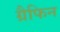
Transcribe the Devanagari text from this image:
ग्रैफिन